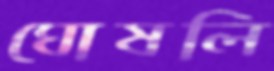
ঘোষলি